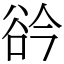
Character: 𧮰